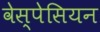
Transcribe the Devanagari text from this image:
वेस्पेसियन